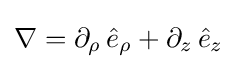
\nabla =\partial _{\rho }\,{\hat {e}}_{\rho }+\partial _{z}\,{\hat {e}}_{z}